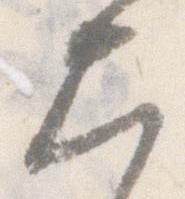
大